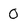
Character: O